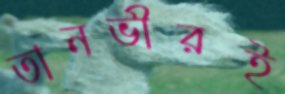
তানভীরই